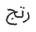
رتج